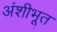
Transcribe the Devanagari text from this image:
अंशीभूत